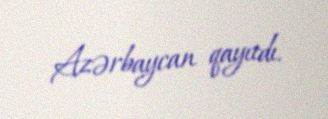
Azərbaycan qayıtdı.